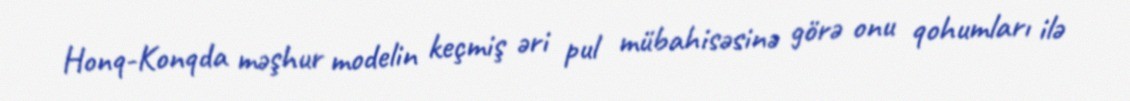
Honq-Konqda məşhur modelin keçmiş əri pul mübahisəsinə görə onu qohumları ilə